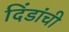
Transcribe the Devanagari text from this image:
दिंडांची